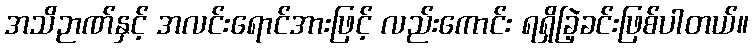
အသိဉာဏ်နှင့် အလင်းရောင်အားဖြင့် လည်းကောင်း ရရှိခြဲ့ခင်းဖြစ်ပါတယ်။